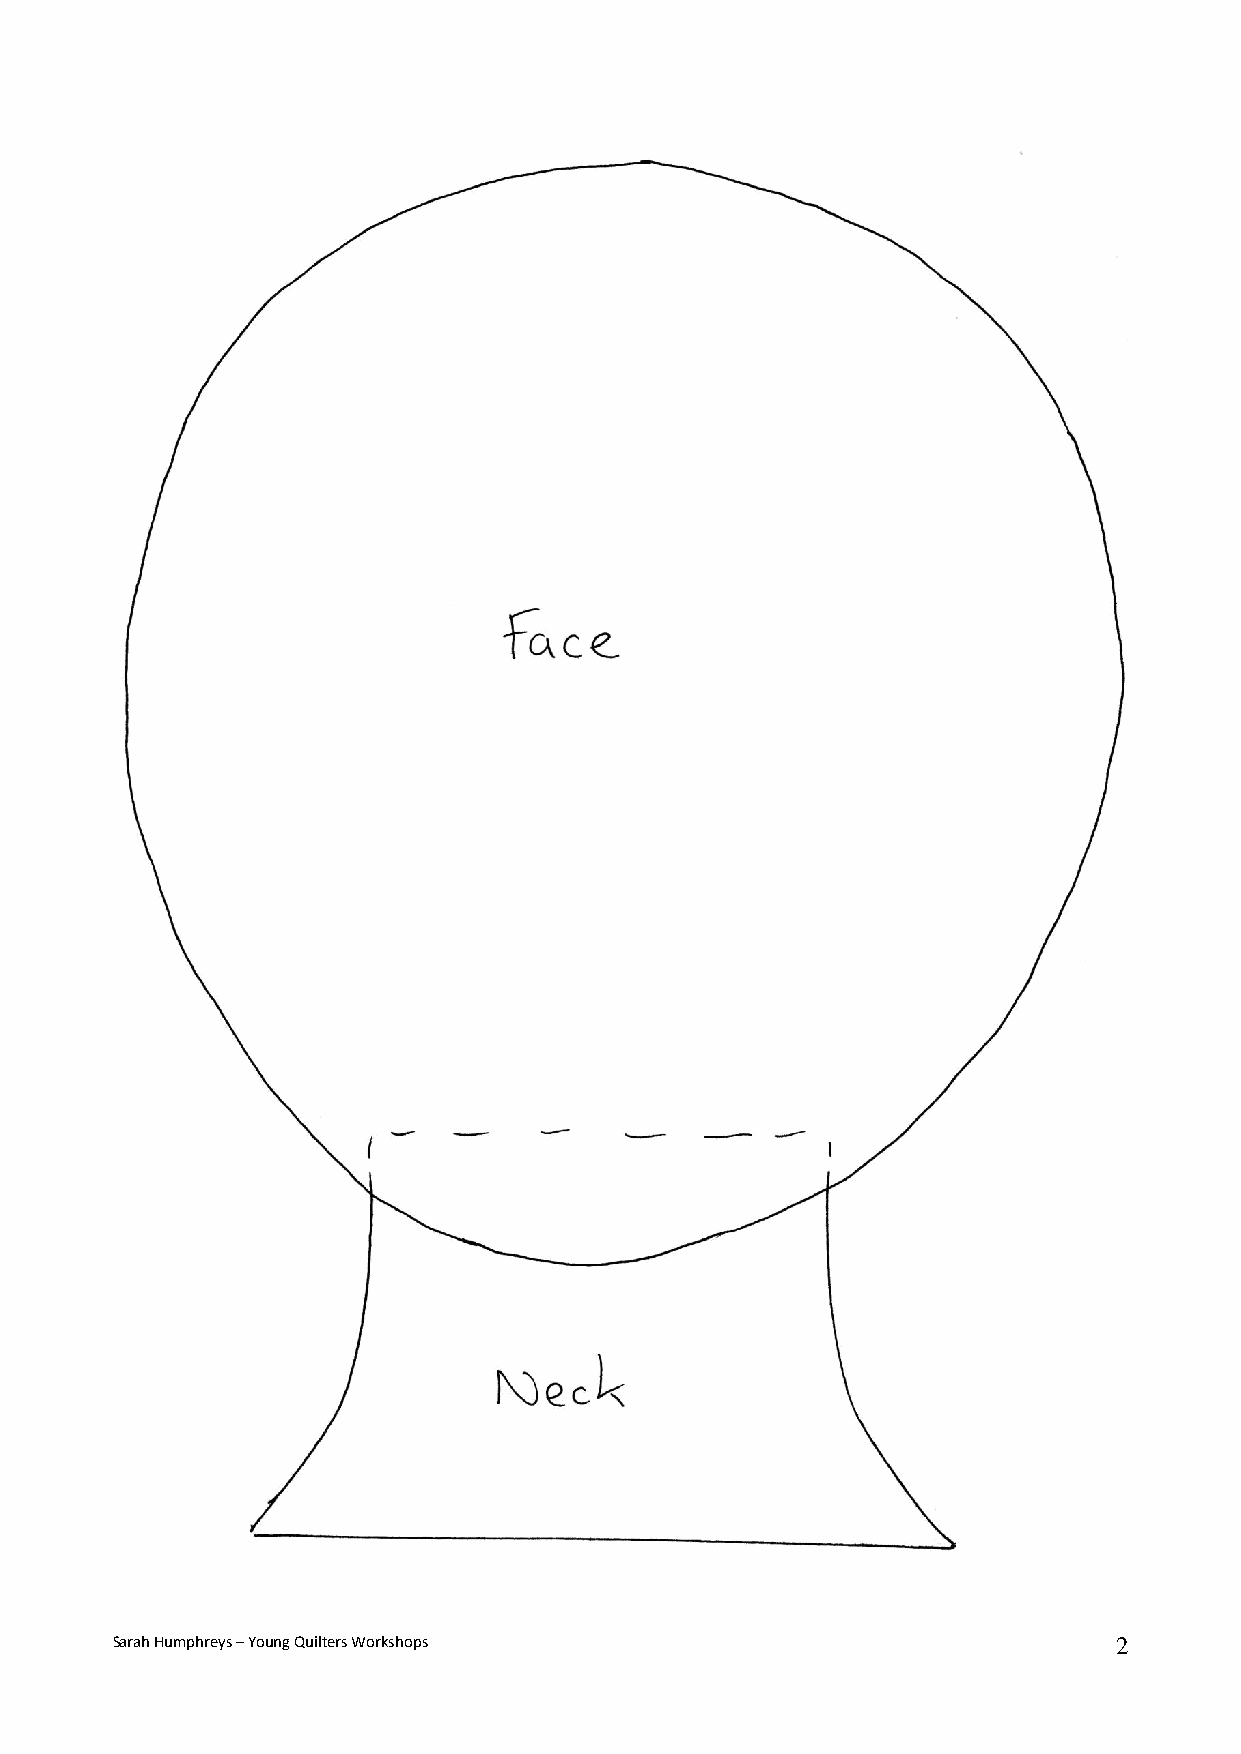
Sarah Humphreys – Young Quilters Workshops                         2